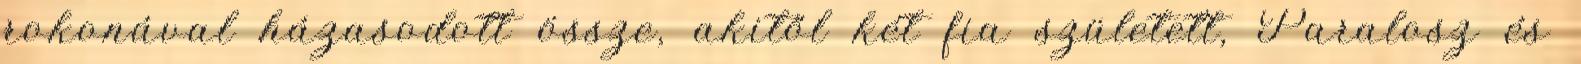
rokonával házasodott össze, akitől két fia született, Paralosz és